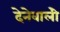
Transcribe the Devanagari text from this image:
देनेवालीे